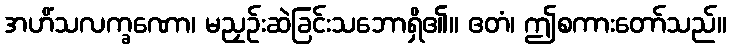
အဟိံသလက္ခဏော၊ မညှဉ်းဆဲခြင်းသဘောရှိ၏။ ဧတံ၊ ဤစကားတော်သည်။